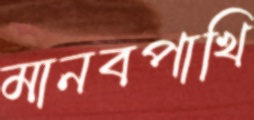
মানবপাখি